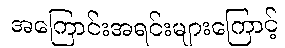
အကြောင်းအရင်းများကြောင့်